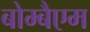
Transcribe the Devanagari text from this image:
बोम्बैएम